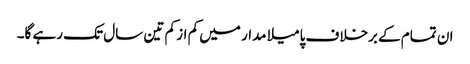
ان تمام کے برخلاف پامیلا مدار میں کم از کم تین سال تک رہے گا۔